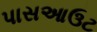
પાસઆઉટ